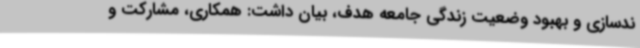
ندسازی و بهبود وضعیت زندگی جامعه هدف، بیان داشت: همکاری، مشارکت و